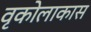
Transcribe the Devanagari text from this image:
वृकोलाकास